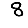
Digit: 8